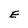
Character: E